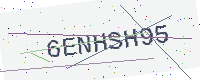
Text: 6ENHSH95